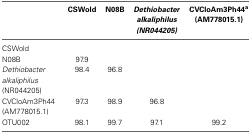
<table><thead><tr><td></td><td><b>CSWold</b></td><td><b>N08B</b></td><td><b><i>Dethiobacter alkaliphilus (NR044205)</i></b></td><td><b>CVCloAm3Ph44<sup>a</sup> (AM778015.1)</b></td></tr></thead><tbody><tr><td>CSWold</td><td></td><td></td><td></td><td></td></tr><tr><td>N08B</td><td>97.9</td><td></td><td></td><td></td></tr><tr><td><i>Dethiobacter alkaliphilus</i> (NR044205)</td><td>98.4</td><td>96.8</td><td></td><td></td></tr><tr><td>CVCloAm3Ph44 (AM778015.1)</td><td>97.3</td><td>98.9</td><td>96.8</td><td></td></tr><tr><td>OTU002</td><td>98.1</td><td>99.7</td><td>97.1</td><td>99.2</td></tr></tbody></table>